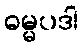
ဓမ္မပဒါ